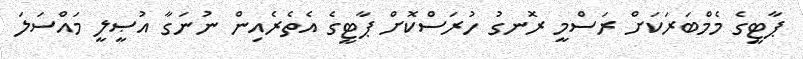
ޕާޓީގެ މެމްބަރަކަށް ރަސްމީ ރޮނގު ހުރަސްކޮށް ޕާޓީގެ އެތެރެއިން ނުނަގާ އުޞީލީ މައްސަލަ